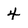
Character: 4